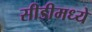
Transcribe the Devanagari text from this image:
सीडीमध्ये